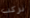
نركب